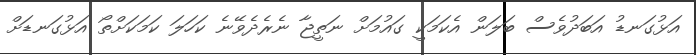
އަޅުގަނޑު އަބަދުވެސް ބަލަން އެކަމަކީ ގައުމަށް ނަތީޖާ ނެރެދެވޭނެ ކަހަލަ ކަމަކަށްތޯ އަޅުގަނޑަށް